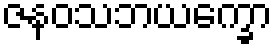
ဇနဝသဘယက္ခော